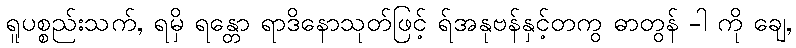
ရူပစ္စည်းသက်, ရမှိ ရန္တော ရာဒိနောသုတ်ဖြင့် ရ်အနုဗန်နှင့်တကွ ဓာတွန် -ါ ကို ချေ,